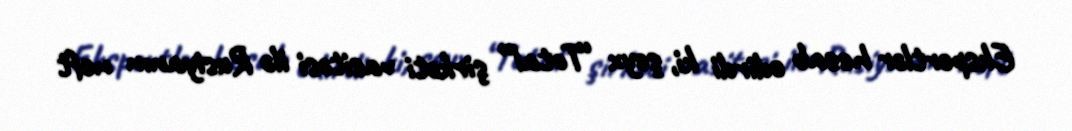
Ekspertlər hesab edirdi ki, şeyx “Total” şirkəti vasitəsi ilə Rusiyanın neft